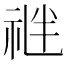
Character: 𥙪